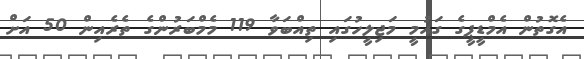
އެގޮތުން އެމްޑީޕީގެ ގައުމީ މަޖިލީހުގައި ތިއްބަވާ 119 މެމްބަރުންގެ ތެރެއިން 50 އަށް